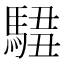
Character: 𩣿